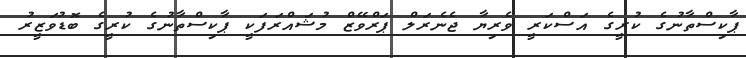
ޕާކިސްތާނުގެ ކުރީގެ އަސްކަރީ ވެރިޔާ ޖެނެރަލް ޕަރްވޭޒް މުޝައްރަފަކީ ޕާކިސްތާނުގެ ކުރީގެ ބޮޑުވަޒީރު